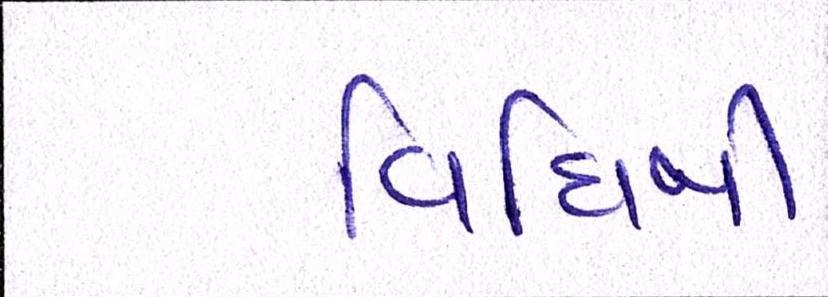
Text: વિધિથી